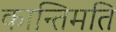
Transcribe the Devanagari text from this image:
कान्तिमति